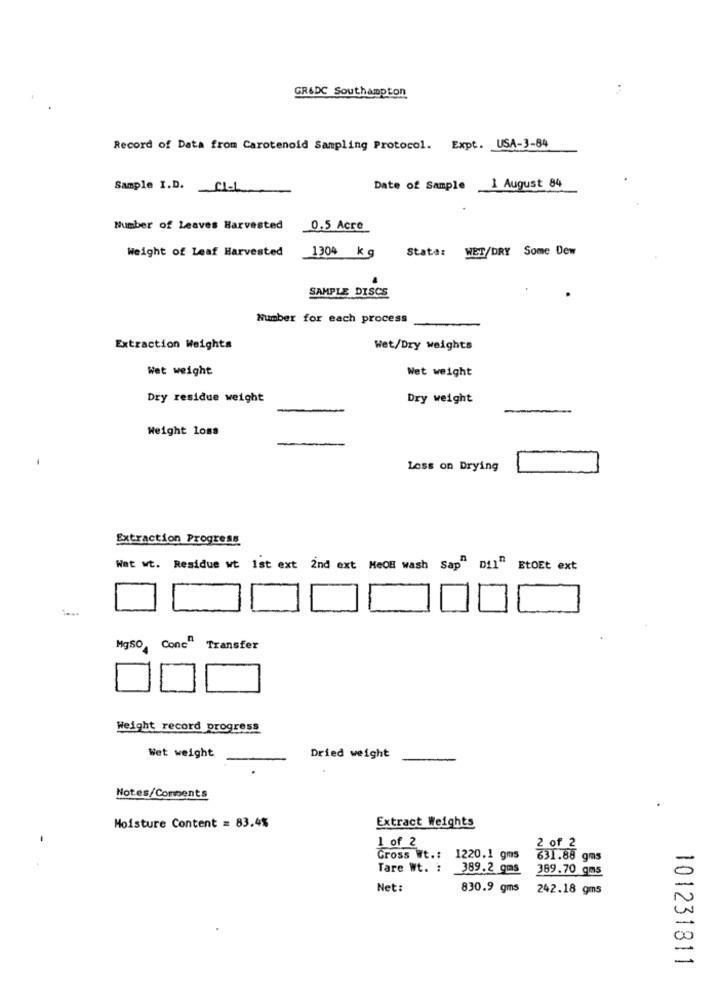
GR&DC Southampton
Record of Data from Carotenold Sampling Protocol. Expt. USA-3-84
1 August 84
Sample I.D. CIL
Date of Sample
Number of Leaves Harvested
0.5 Acre
Weight of Leaf Harvested
Stata: WET/DRY Some Dew
1304 kg
SAMPLE DISCS
Number for each process
Extraction Weights
Wet/Dry weights
Wet weight
Wet weight
Dry residue weight
Dry weight
Weight loss
Loss on Drying
Extraction Progress
Wat wt. Residue wt 1st ext 2nd ext MeOH wash Sap" Dil"
EtOEt ext
MgSO Conc" Transfer
Weight record progress
Wet weight
Dried weight
Notes/Comments
Moisture Content = 83.4%
Extract Weights
1 of 2
2 of 2
Gross Wt .: 1220.1 gms
631.88 gms
Tare Wt. :
389.2 gms
389.70 gms
Net:
830.9 gms
242.18 gms
-
-
101231811